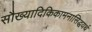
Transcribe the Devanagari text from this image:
सौख्यादिकिकामनासिद्धयर्थ